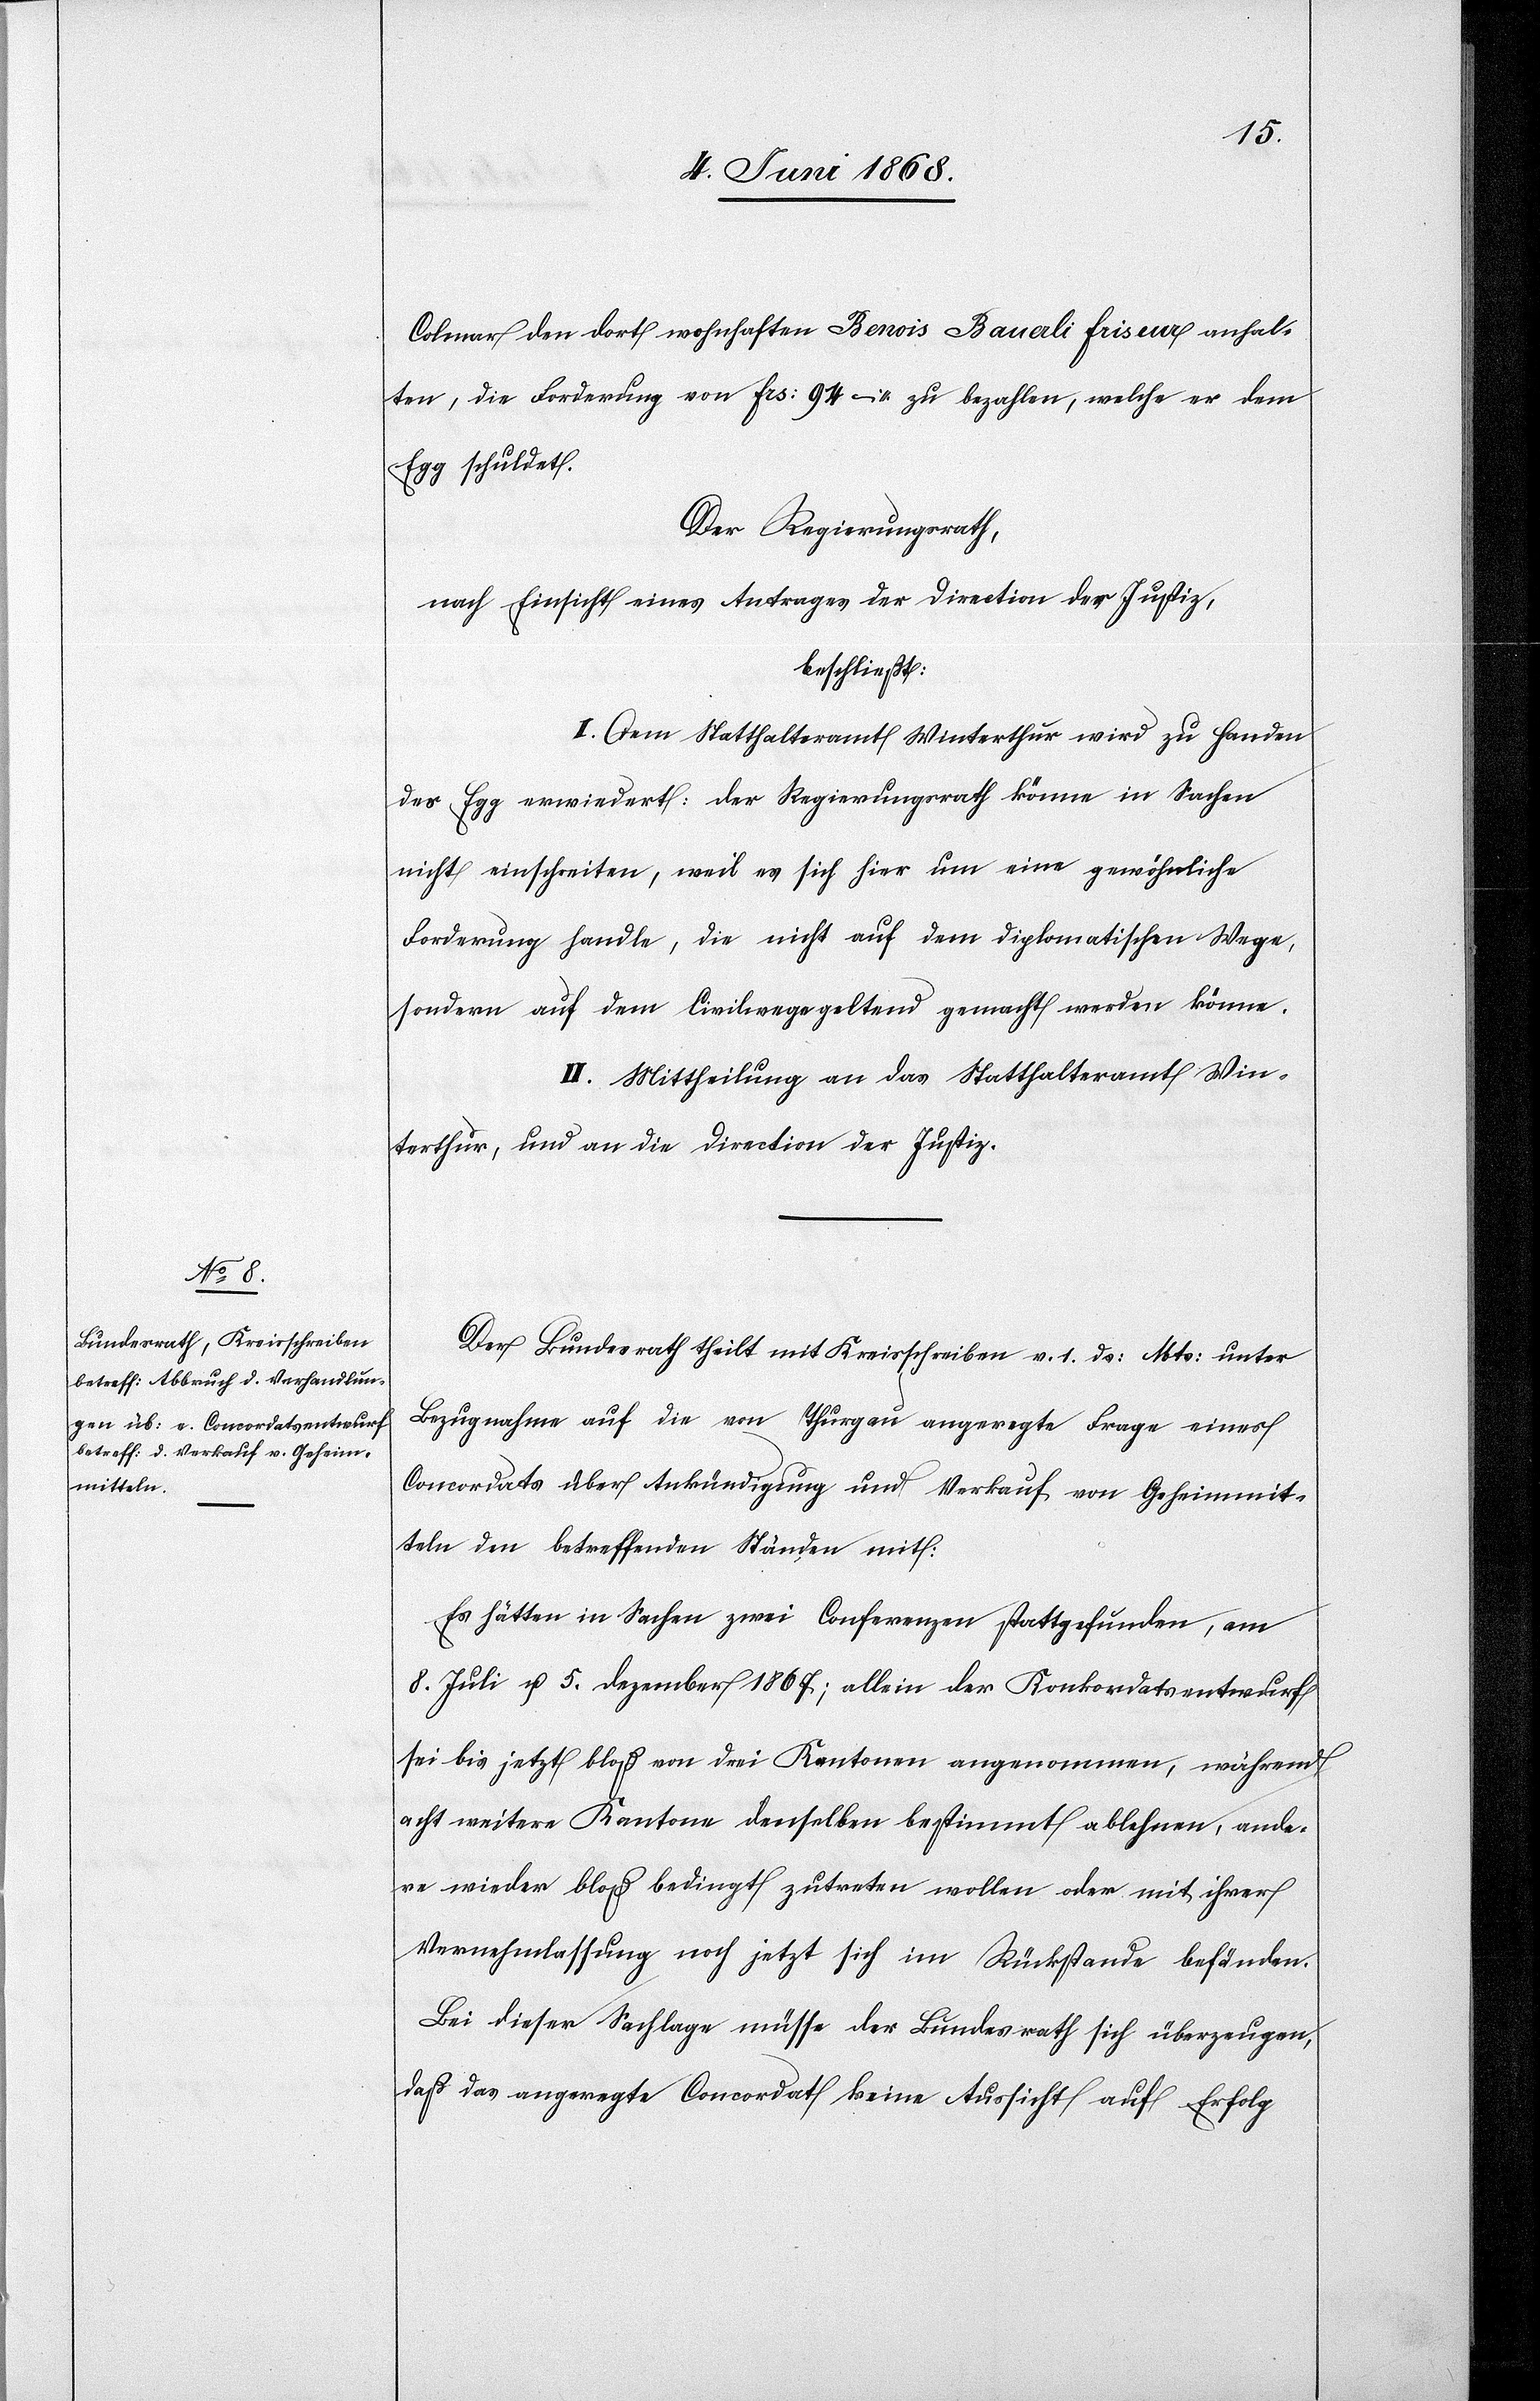
Colmar den dort wohnhaften Benois Bauerli Friseur anhal¬
ten, die Forderung von Frs: 94 – zu bezahlen, welche er dem
Egg schuldet.
Der Regierungsrath,
nach Einsicht eines Antrages der Direction der Justiz,
beschließt:
I. Dem Statthalteramt Winterthur wird zu Handen
des Egg erwiedert: der Regierungsrath könne in Sachen
nicht einschreiten, weil es sich hier um eine gewöhnliche
Forderung handle, die nicht auf dem diplomatischen Wege,
sondern auf dem Civilwege geltend gemacht werden könne.
II. Mittheilung an das Statthalteramt Win¬
terthur, und an die Direction der Justiz.
Der Bundesrath theilt mit Kreisschreiben v. 1. ds: Mts: unter
Bezugnahme auf die von Thurgau angeregte Frage eines
Concordats über Ankündigung und Verkauf von Geheimmit¬
teln den betreffenden Ständen mit:
Es hätten in Sachen zwei Conferenzen stattgefunden, am
8. Juli u. 5. Dezember 1867; allein der Konkordatsentwurf
sei bis jetzt bloß von drei Kantonen angenommen, während
acht weitere Kantone denselben bestimmt ablehnen, ande¬
re wieder bloß bedingt zutreten wollen oder mit ihrer
Vernehmlassung noch jetzt sich im Rückstande befänden.
Bei dieser Sachlage müsse der Bundesrath sich überzeugen,
daß das angeregte Concordat keine Aussicht auf Erfolg